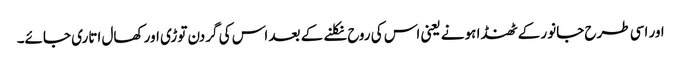
اور اسی طرح جانور کے ٹھنڈا ہونے یعنی اس کی روح نکلنے کے بعد اس کی گردن توڑی اور کھال اتاری جائے۔